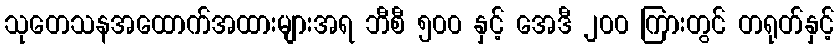
သုတေသနအထောက်အထားများအရ ဘီစီ ၅၀၀ နှင့် အေဒီ ၂၀၀ ကြားတွင် တရုတ်နှင့်